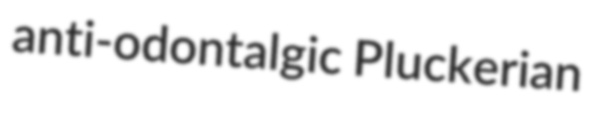
anti-odontalgic Pluckerian